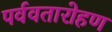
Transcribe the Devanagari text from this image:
पर्ववतारोहण